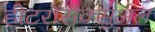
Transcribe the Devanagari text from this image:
हीटरोसेक्सुअल